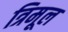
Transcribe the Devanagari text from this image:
त्रिमूल